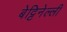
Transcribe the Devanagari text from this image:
बेट्टिनेल्ली